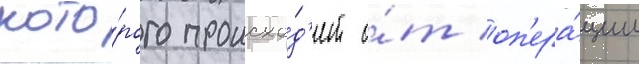
кото́рого происхо́д'ит о́т оп'ера́ции